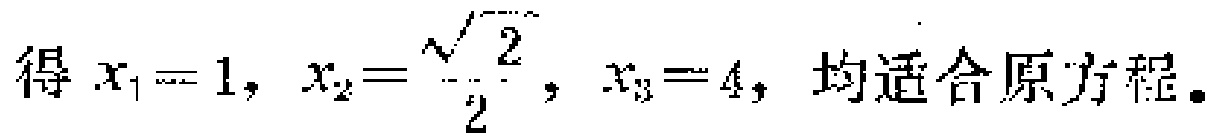
得 \(x_{1}=1,\ x_{2}=\frac{\sqrt{2}}{2},\ x_{3}=4\)，均适合原方程。